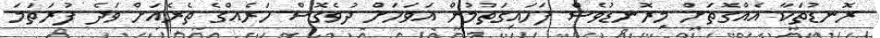
ރޮނޑުތަކާ އެއްގޮތަށް މިރޮނޑުވެސް ފަހައިގަތުމުން އަވަހަށް ދުވެގޮސް ހަރެއްގެ ތެރެއަށް ވަދެ ފުރަތަމަ